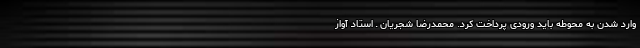
وارد شدن به محوطه باید ورودی پرداخت کرد. محمدرضا شجریان ـ استاد آواز